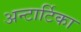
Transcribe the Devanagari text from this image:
अन्टार्टिका